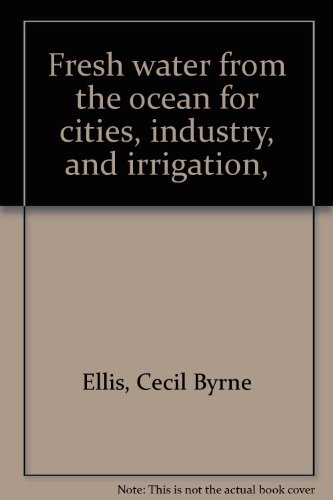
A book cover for Fresh water from the ocean for cities, industry, and irrigation,; Cecil Byrne Ellis; Science & Math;